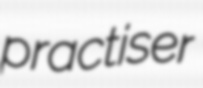
practiser